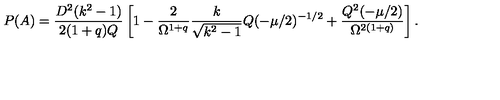
P ( A ) = \frac { D ^ { 2 } ( k ^ { 2 } - 1 ) } { 2 ( 1 + q ) Q } \left[ 1 - \frac { 2 } { \Omega ^ { 1 + q } } \frac { k } { \sqrt { k ^ { 2 } - 1 } } Q ( - \mu / 2 ) ^ { - 1 / 2 } + \frac { Q ^ { 2 } ( - \mu / 2 ) } { \Omega ^ { 2 ( 1 + q ) } } \right] .